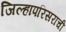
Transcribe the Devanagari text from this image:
जिल्हापरिसराची